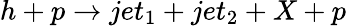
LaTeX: h+p\rightarrow jet_{1}+jet_{2}+X+p